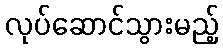
လုပ်ဆောင်သွားမည့်